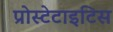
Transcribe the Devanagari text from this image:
प्रोस्टेटाइटिस